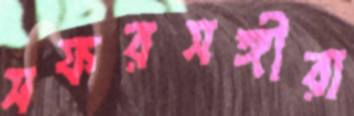
সফরসঙ্গীরা